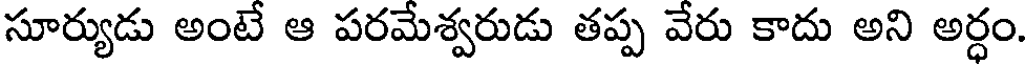
సూర్యుడు అంటే ఆ పరమేశ్వరుడు తప్ప వేరు కాదు అని అర్ధం.